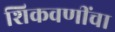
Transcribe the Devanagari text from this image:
शिकवणींचा